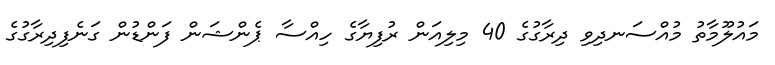
މައުލޫމާތު މުއްސަނދިވި ދިރާގުގެ 40 މިލިއަން ރުފިޔާގެ ހިއްސާ ޕެންޝަން ފަންޑުން ގަނެފިދިރާގުގެ